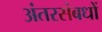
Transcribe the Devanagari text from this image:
अंतरसंबधों